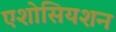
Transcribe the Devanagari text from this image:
एशोसियशन